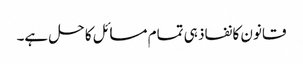
قانون کا نفاذ ہی تمام مسائل کا حل ہے۔